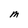
Character: M